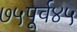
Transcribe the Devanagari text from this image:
७५पूर्व४५